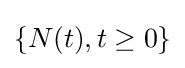
{\textstyle \{N(t),t\geq 0\}}